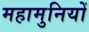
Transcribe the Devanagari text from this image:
महामुनियों